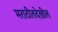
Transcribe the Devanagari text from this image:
मराठीतदेखील